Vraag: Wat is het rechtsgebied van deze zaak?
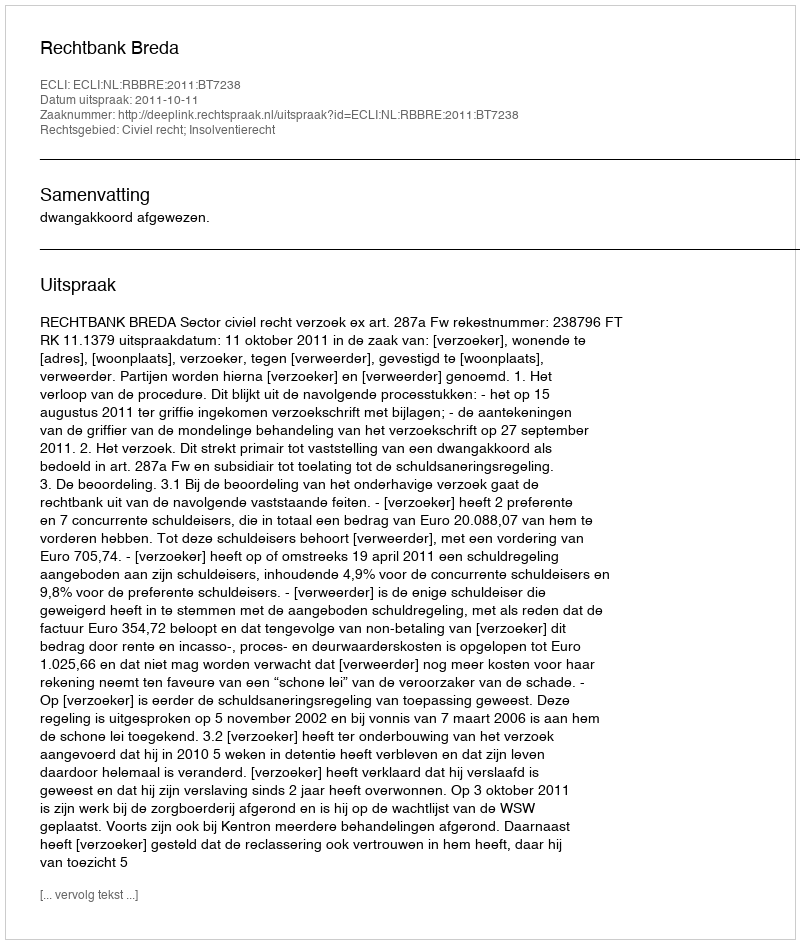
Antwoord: Civiel recht; Insolventierecht